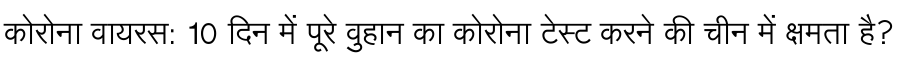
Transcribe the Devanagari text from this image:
कोरोना वायरस: 10 दिन में पूरे वुहान का कोरोना टेस्ट करने की चीन में क्षमता है?